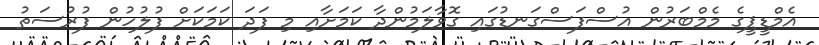
އެމްޑީޕީގެ މެމްބަރުން އުސްފަސްގަނޑުގައި ގޮވާލަމުންދާ ކަމަށާއި މި ފަދަ ކަމަކަށް ފުލުހުން ފުރުސަތު